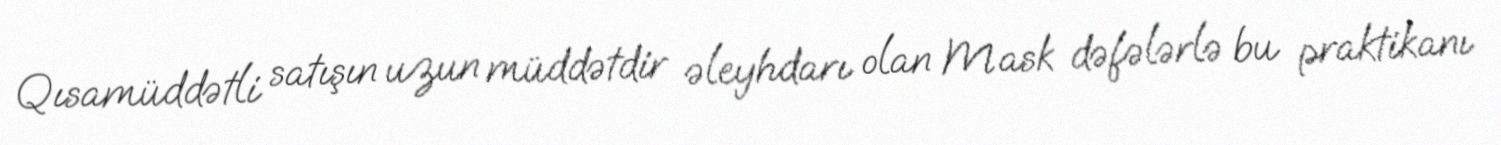
Qısamüddətli satışın uzun müddətdir əleyhdarı olan Mask dəfələrlə bu praktikanı